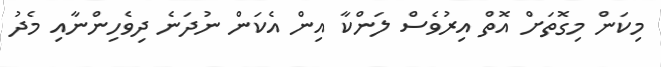
މިކަން މިގޮތަށް އޮތް އިރުވެސް ލަންކާ އިން އެކަން ނުދަނެ ދިވެހިންނާއި މެދު